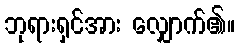
ဘုရားရှင်အား လျှောက်၏။